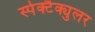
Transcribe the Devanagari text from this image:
स्पेक्टैक्युलर